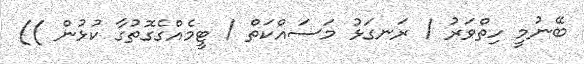
ބޭނުމީ ހިތްވަރު / ރަނގަޅު މަސައްކަތް / ޓީމެއްގެގޮތުގާ ކުޅުން ))